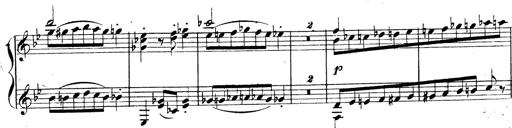
Title: 3 Caprices-Valses
Composer: Franz Liszt